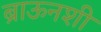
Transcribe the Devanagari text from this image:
ब्राऊनशी